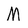
Character: M